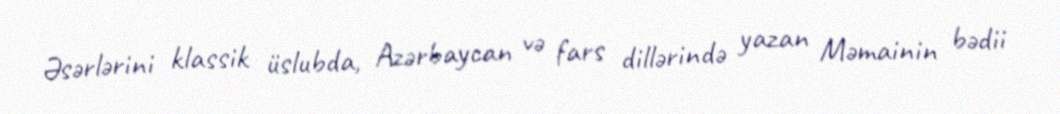
Əsərlərini klassik üslubda, Azərbaycan və fars dillərində yazan Məmainin bədii